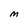
Character: M